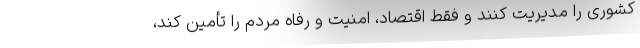
کشوری را مدیریت کنند و فقط اقتصاد، امنیت و رفاه مردم را تأمین کند،